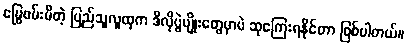
မြွေဖမ်းမိတဲ့ ပြည်သူလူထုက ဒီလိုပွဲမျိုးတွေမှာပဲ ဆုကြေးရနိုင်တာ ဖြစ်ပါတယ်။